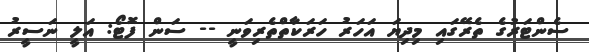
ސެންޓަރުގެ ތެރޭގައި މިދިޔަ އަހަރު ހަރަކާތްތެރިވަނީ -- ސަން ފޮޓޯ: އަލީ ނަސީރު